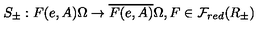
S _ { \pm } : F ( e , A ) \Omega \rightarrow \overline { { F ( e , A ) } } \Omega , F \in { \cal F } _ { r e d } ( R _ { \pm } )